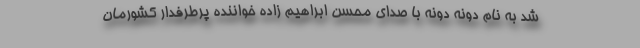
شد به نام دونه دونه با صدای محسن ابراهیم زاده خواننده پرطرفدار کشورمان